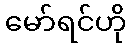
မော်ရင်ဟို